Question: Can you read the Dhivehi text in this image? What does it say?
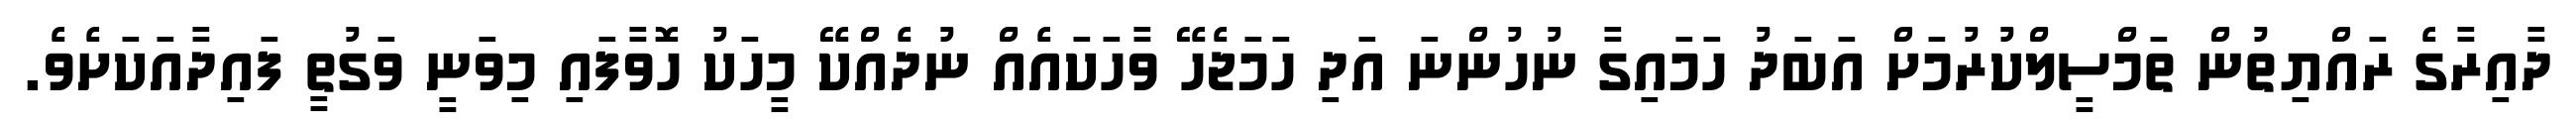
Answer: ދާއިރާގެ ރައްޔިތުން ތަމްސީލްކުރުމަށް އަބަދު ހަމައިގާ ނުހުންނަ އަދި ހަމަޖެހޭ ވާހަކައެއް ނުދެއްކޭ މީހަކު ހޮވާފައި މިވަނީ ވަގުތީ ފައިދާއަކަށެވެ.